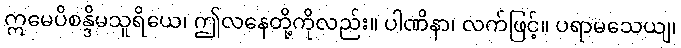
ဣမေပိစန္ဒိမသူရိယေ၊ ဤလနေတို့ကိုလည်း။ ပါဏိနာ၊ လက်ဖြင့်။ ပရာမသေယျ၊